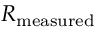
R _ { \mathrm { { m e a s u r e d } } }